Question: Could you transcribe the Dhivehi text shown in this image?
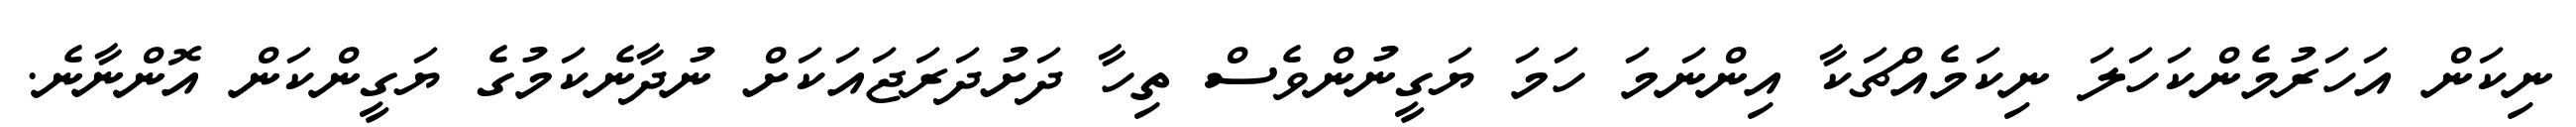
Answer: ނިކަން އަހަރުމެންކަހަލަ ނިކަމެއްޗަކާ އިންނަމަ ހަމަ ޔަގީނުންވެސް ތިހާ ދަށުދަރަޖައަކަށް ނުދާނެކަމުގެ ޔަގީންކަން އޮންނާނެ.